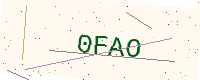
Text: 0FAO